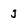
Character: J